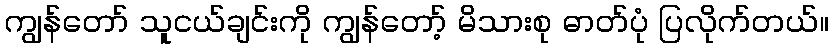
ကျွန်တော် သူငယ်ချင်းကို ကျွန်တော့် မိသားစု ဓာတ်ပုံ ပြလိုက်တယ်။